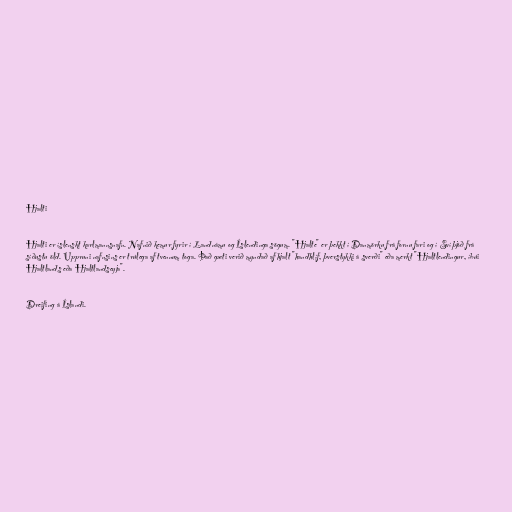
Hjalti

Hjalti er íslenskt karlmannsnafn. Nafnið kemur fyrir í Landnámu og Íslendinga sögum. "Hjalte" er þekkt í Danmörku frá fornu fari og í Svíþjóð frá
síðustu öld. Uppruni nafnsins er trúlega af tvennum toga. Það gæti verið myndað af hjalt "handhlíf, þverstykki á sverði" eða merkt "Hjaltlendingur, íbúi
Hjaltlands eða Hjaltlandseyja".

Dreifing á Íslandi.